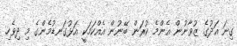
ގިނަ އަދުގެ ޒުވާނުން އެންމެ ކުރަން ބޭނުން އެއްކަމަކީ އަޅުގަނޑުމެންގެ މި ދިވެހި